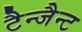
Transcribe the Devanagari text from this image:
टैन्जैन्ट